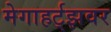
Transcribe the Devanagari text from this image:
मेगाहर्ट्‌झवर